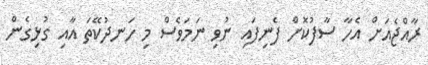
ރާއްޖެއަށް އެހާ ސާފުކޮށް ފެނިފައި ނުވި ނަމަވެސް މި ހަނދުކޭތަ އާއި ގުޅިގެން